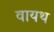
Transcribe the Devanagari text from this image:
वायथ